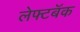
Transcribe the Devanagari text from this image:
लेफ्टबॅक